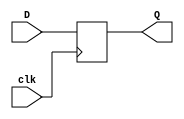
module FF_pos_edge_clk(
    input D,
    input clk,
    output Q
    );
	 
	 reg Q;
	 
	 always @ (posedge clk) begin
		Q <= D;
	end

endmodule